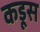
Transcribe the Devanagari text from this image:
कडूस